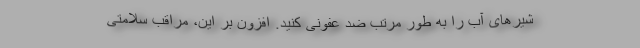
شیرهای آب را به طور مرتب ضد عفونی کنید. افزون بر این، مراقب سلامتی